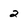
Character: 2